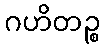
ဂဟိတဉ္စ